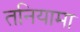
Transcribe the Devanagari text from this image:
तनियामा